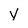
Character: v